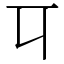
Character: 㔿